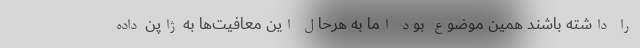
را داشته باشند همین موضوع بود اما به هرحال این معافیت‌ها به ژاپن داده